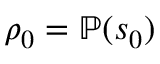
\rho _ { 0 } = \mathbb P ( s _ { 0 } )